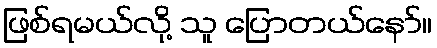
ဖြစ်ရမယ်လို့ သူ ပြောတယ်နော်။